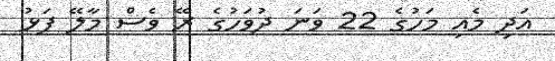
އަދި މެއި މަހުގެ 22 ވަނަ ދުވަހުގެ ރޭ ވެސް މާލޭ ފަޅު